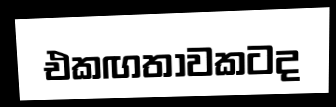
එකඟතාවකටද